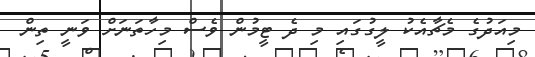
މިއަދުގެ މެޗާއެކު ލީގުގައި މި ދެ ޓީމުން ވެސް މިހާތަނަށް ވަނީ ތިން